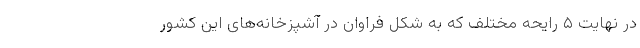
در نهایت ۵ رایحه مختلف که به شکل فراوان در آشپزخانه‌های این کشور